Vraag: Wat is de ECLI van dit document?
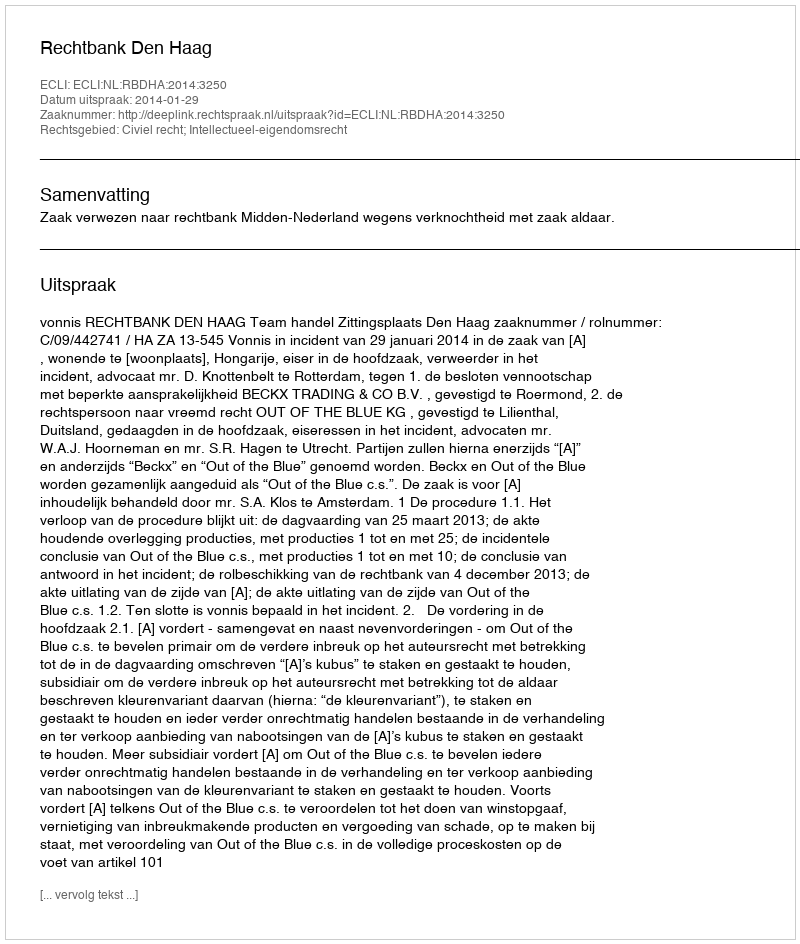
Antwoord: ECLI:NL:RBDHA:2014:3250